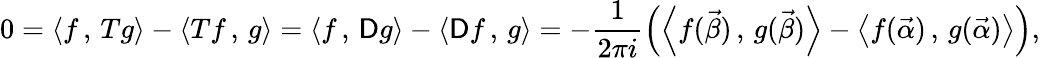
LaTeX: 0=\left\langle f\, ,\, Tg\right\rangle-\left\langle Tf\, ,\, g\right\rangle=\left\langle f\, ,\, \mathsf{D}g\right\rangle-\left\langle\mathsf{D}f\, ,\, g\right\rangle=-\frac 1{2\pi i}\left(\left\langle f(\vec{\beta})\, ,\, g(\vec{\beta})\right\rangle-\left\langle f(\vec{\alpha})\, ,\, g(\vec{\alpha})\right\rangle\right),